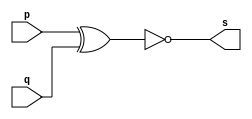
// ------------------------- 
// Exemplo0008 - XNOR  
// Nome: Michelle da Costa Silva
// ------------------------- 

// ------------------------- 
// -- xnor gate
// -------------------------
          module xnorgate (output s, input p, q); 
          assign s = ~(p^q);  
          endmodule // xnorgate 
			 
// ------------------------- 
// -- test xnor gate 
// -------------------------
            module testxnorgate; 
			  
// ------------------------- dados locais 
            reg a, b; // definir registrador 
            wire s; // definir conexao (fio) 

// ------------------------- instancia 
            xnorgate XNOR1 (s, a, b); 
				 
// ------------------------- preparacao 
            initial begin:start 
              a=0; b=0; 
             end 
				  
// ------------------------- parte principal 
      initial begin:main 
              $display("Exemplo 0008 - Michelle da Costa Silva - 427448"); 
              $display("\nTabela-verdade XNOR gate"); 
              $display("\na b s\n");
				  $monitor("%b %b %b", a, b, s); 
              a=0; b=0; 
           #1 a=0; b=1; 
           #1 a=1; b=0; 
           #1 a=1; b=1; 
			     end 
              endmodule // testxnorgate